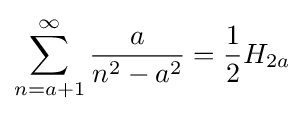
\sum _{n=a+1}^{\infty }{\frac {a}{n^{2}-a^{2}}}={\frac {1}{2}}H_{2a}